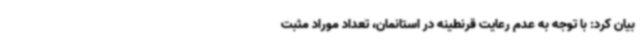
بیان کرد: با توجه به عدم رعایت قرنطینه در استانمان، تعداد موراد مثبت